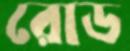
রোড